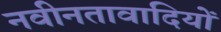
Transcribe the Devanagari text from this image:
नवीनतावादियों